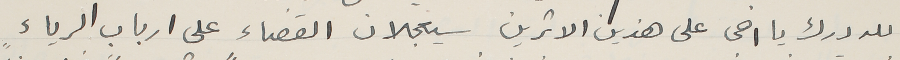
لله درك يا اخى على هذين الاثرين سيعجلان القضاء على ارباب الرياء